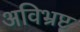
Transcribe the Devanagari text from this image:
अविभ्रष्ट